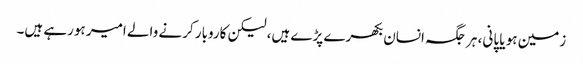
زمین ہو یا پانی، ہر جگہ انسان بکھرے پڑے ہیں، لیکن کاروبار کرنے والے امیر ہورہے ہیں۔